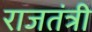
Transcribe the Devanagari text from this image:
राजतंत्री